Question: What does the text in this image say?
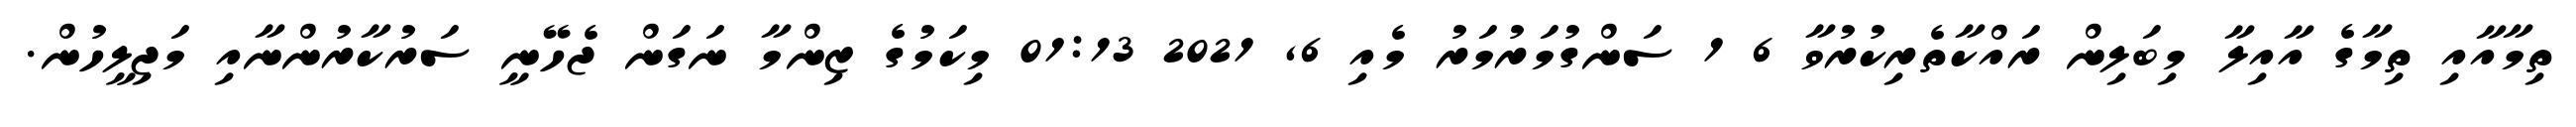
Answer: ތިމާއާއި ތިމާގެ އާއިލާ މިބަލިން ރައްކާތެރިކުރުވާ 6 1 ސަންގުމަރުމަރު މެއި 6, 2021 01:13 މިކަމުގެ ޒިންމާ ނަގަން ޖެހޭނީ ސަރުކާރުންނާއި މަޖިލީހުން.